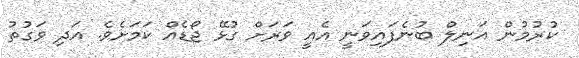
ކުރުމުން އަނިލް ބުނެފައިވަނީ އެއީ ވަރަށް ގުޅޭ ޖޯޑެއް ކަމަށެވެ. އަދި ވަގުތު